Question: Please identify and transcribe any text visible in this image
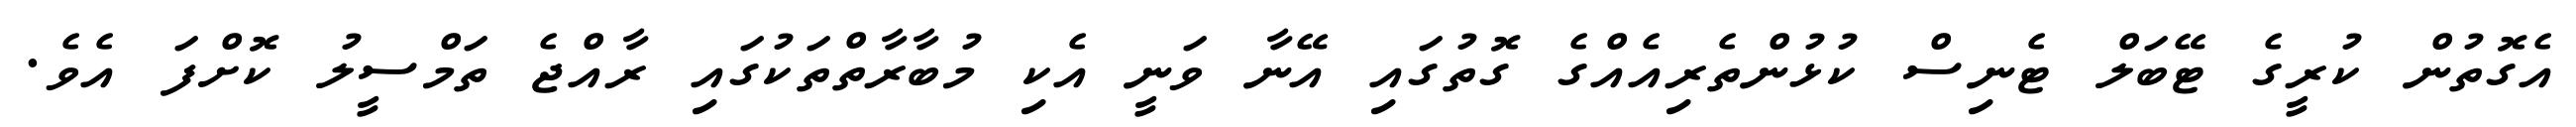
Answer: އެގޮތުން ކުރީގެ ޓޭބަލް ޓެނިސް ކުޅުންތެރިއެއްގެ ގޮތުގައި އޭނާ ވަނީ އެކި މުބާރާތްތަކުގައި ރާއްޖެ ތަމްސީލު ކޮށްފަ އެވެ.